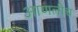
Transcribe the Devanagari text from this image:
आणलीच